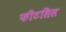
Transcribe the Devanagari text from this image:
फीटसिस